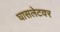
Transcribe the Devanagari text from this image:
घासलेटवर